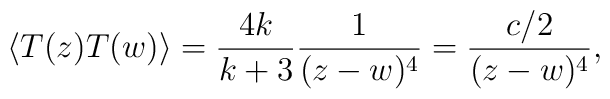
\langle T(z)T(w) \rangle = \frac{4k}{k + 3} \frac{1}{(z - w)^{4}} =\frac{c/2}{(z - w)^{4}} ,